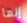
إنها